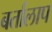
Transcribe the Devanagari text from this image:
बर्तालाप